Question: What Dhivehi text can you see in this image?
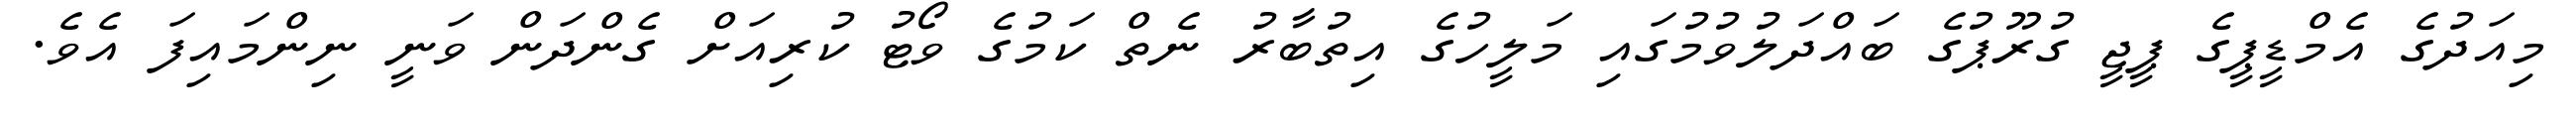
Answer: މިއަދުގެ އެމްޑީޕީގެ ޕީޖީ ގުރޫޕުގެ ބައްދަލުވުމުގައި މަލީހުގެ އިތުބާރު ނެތް ކަމުގެ ވޯޓު ކުރިއަށް ގެންދަން ވަނީ ނިންމައިފަ އެވެ.